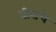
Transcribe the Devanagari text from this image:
वीराचे